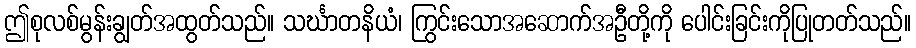
ဤစုလစ်မွန်းချွတ်အထွတ်သည်။ သင်္ဃာတနိယံ၊ ကြွင်းသောအဆောက်အဦတို့ကို ပေါင်းခြင်းကိုပြုတတ်သည်။